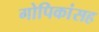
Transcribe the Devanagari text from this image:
गोपिकांसह